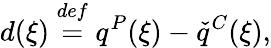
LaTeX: d(\xi)\overset{def}{=}q^{P}(\xi)-\check{q}^{C}(\xi),